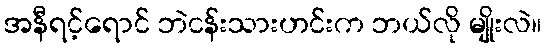
အနီရင့်ရောင် ဘဲငန်းသားဟင်းက ဘယ်လို မျိုးလဲ။